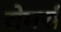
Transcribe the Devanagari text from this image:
रोमर्रा